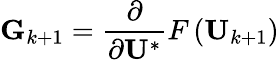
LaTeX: \mathbf{G}_{k+1}=\frac{\partial}{\partial\mathbf{U}^{*}}F\left(\mathbf{U}_{k+1}\right)